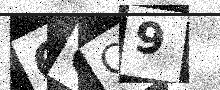
Text: 6GC9